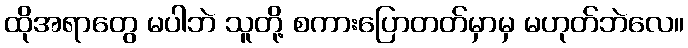
ထိုအရာတွေ မပါဘဲ သူတို့ စကားပြောတတ်မှာမှ မဟုတ်ဘဲလေ။